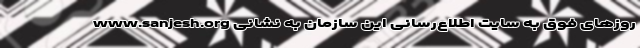
روزهای فوق به سایت اطلاع‌رسانی این سازمان به نشانی www.sanjesh.org